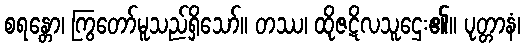
စရန္တော၊ ကြွတော်မူသည်ရှိသော်။ တဿ၊ ထိုဇဋိလသူဌေး၏။ ပုတ္တာနံ၊